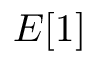
E [ 1 ]